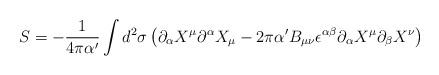
LaTeX: \begin{align*}S=-\frac{1}{4\pi\alpha'}\int d^2 {\sigma}\left(\partial_{\alpha} X^\mu \partial^{\alpha} X_\mu -2\pi\alpha' B_{\mu\nu}\epsilon^{\alpha\beta}\partial_{\alpha} X^\mu \partial_{\beta} X^\nu\right)\end{align*}